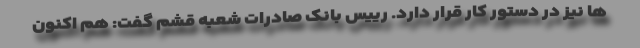
ها نیز در دستور کار قرار دارد. رییس بانک صادرات شعبه قشم گفت: هم اکنون